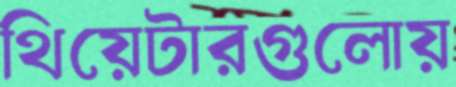
থিয়েটারগুলোয়